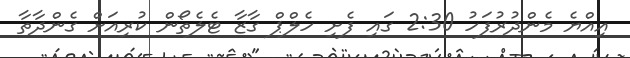
އިއްޔެ މެންދުރުފަހު 2:30 ގައި ފެށި ހެލްޕް ގާޒާ ޓެލެތޯން ކުރިއަށް ގެންދާތާ